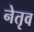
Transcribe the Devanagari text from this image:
नेतृव